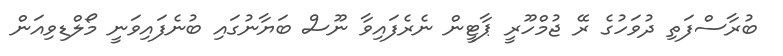
ބުރާސްފަތި ދުވަހުގެ ރޭ ޖުމްހޫރީ ޕާޓީން ނެރެފައިވާ ނޫސް ބަޔާނުގައި ބުނެފައިވަނީ މޯލްޑިވިއަން